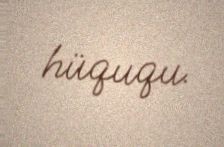
hüququ.